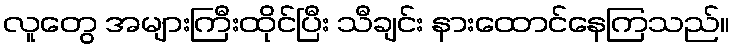
လူတွေ အများကြီးထိုင်ပြီး သီချင်း နားထောင်နေကြသည်။